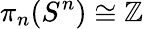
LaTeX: \pi_{n}(S^{n})\cong\mathbb{Z}